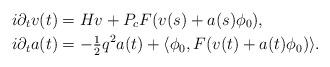
LaTeX: \begin{align*}i\partial_t v(t) & = Hv+P_cF(v(s)+a(s)\phi_0), \\i\partial_t a(t) & =-\tfrac12{q^2} a(t) + \langle\phi_0,F(v(t)+a(t)\phi_0)\rangle. \end{align*}